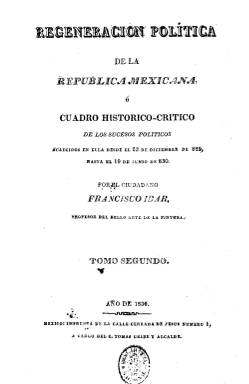
Título: Regeneración política de la República Mexicana
Otros títulos: Título de la portada de tomo: Regeneración política de la República Mexicana o Cuadro histórico-crítico de los sucesos políticos, acaecidos en ella desde el 23 de diciembre de [1]829 hasta el 19 de junio de [1]830
Colección: Periódicos anteriores a 1850
Ámbito geográfico: México
Lugar de publicación: México
Fechas: 01/01/1829-31/12/1830